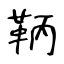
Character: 鞆